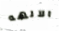
الآلهه